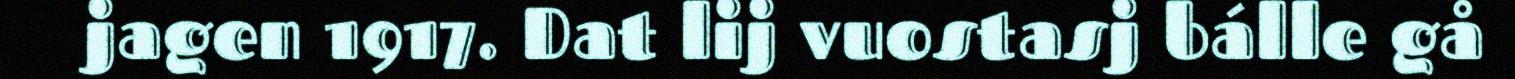
jagen 1917. Dat lij vuostasj bálle gå